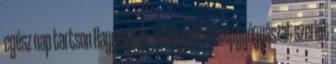
egész nap tartson Hagymatea, köhögésre - a népgyógyászat szerint